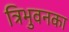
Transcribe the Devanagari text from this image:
त्रिभुवनका